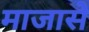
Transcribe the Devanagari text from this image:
माजासे